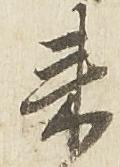
来